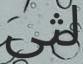
لثى